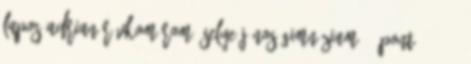
Lapos Adrian Révkomárom, Selye János Gimnázium 19 pont; 36–38.